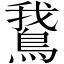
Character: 鵞